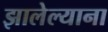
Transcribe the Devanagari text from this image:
झालेल्याना